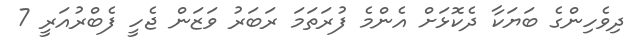
ދިވެހިންގެ ބަޔަކާ ދެކޮޅަށް އެންމެ ފުރަތަމަ ރަބަރު ވަޒަން ޖެހީ ފެބްރުއަރީ 7